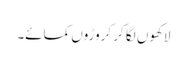
لاکھوں لگا کر کروڑوں کمائے۔